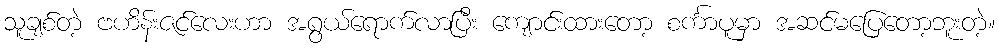
သူချစ်တဲ့ ဗဟိန်းဇင်လေးဟာ အရွယ်ရောက်လာပြီး ကျောင်းထားတော့ စင်္ကာပူမှာ အဆင်မပြေတော့ဘူးတဲ့။